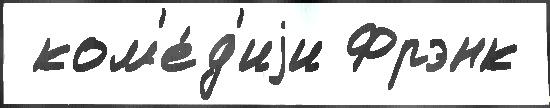
 ком'е́д'иjи Фрэнк